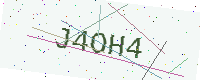
Text: J4OH4